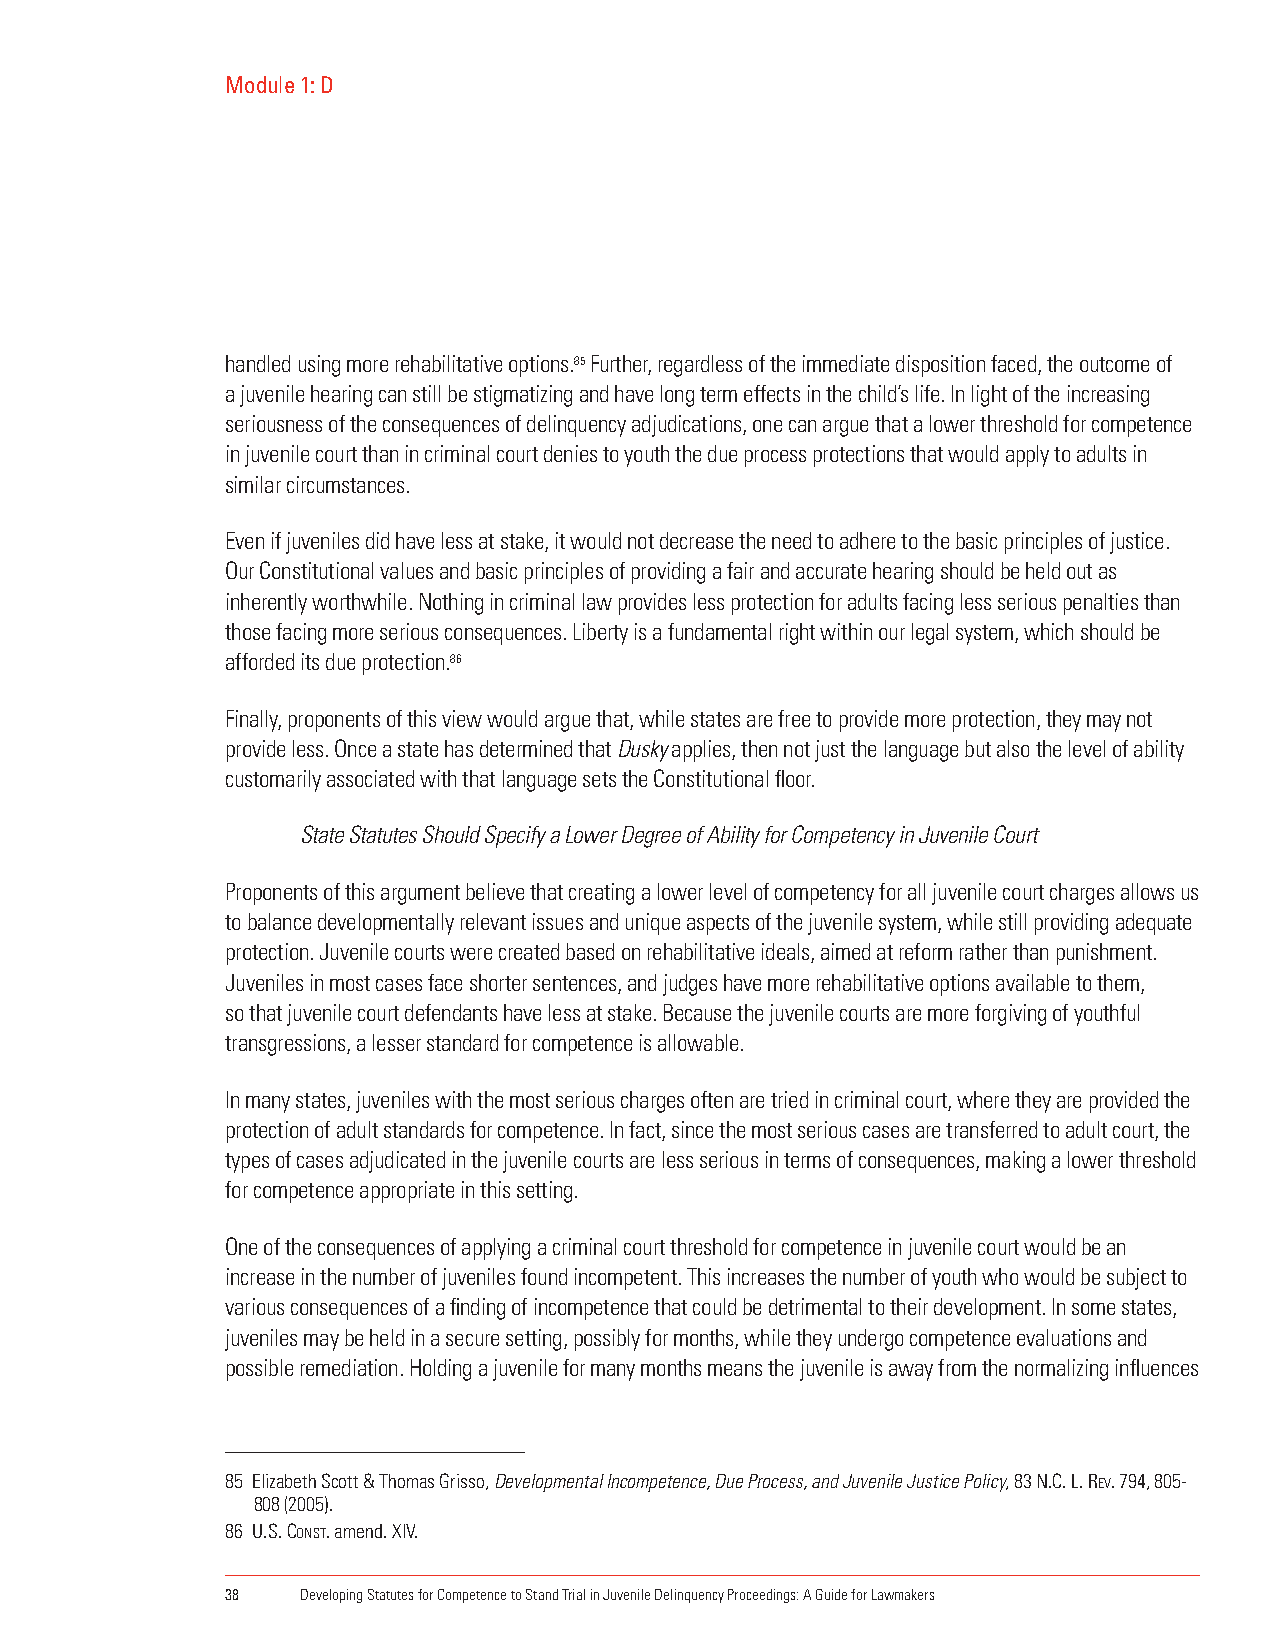
Module 1: D
 handled using more rehabilitative options.85 Further, regardless of the immediate disposition faced, the outcome of
 a juvenile hearing can still be stigmatizing and have long term effects in the child’s life. In light of the increasing
 seriousness of the consequences of delinquency adjudications, one can argue that a lower threshold for competence
 in juvenile court than in criminal court denies to youth the due process protections that would apply to adults in
 similar circumstances.
 Even if juveniles did have less at stake, it would not decrease the need to adhere to the basic principles of justice.
 Our Constitutional values and basic principles of providing a fair and accurate hearing should be held out as
 inherently worthwhile. Nothing in criminal law provides less protection for adults facing less serious penalties than
 those facing more serious consequences. Liberty is a fundamental right within our legal system, which should be
 afforded its due protection.86
 Finally, proponents of this view would argue that, while states are free to provide more protection, they may not
 provide less. Once a state has determined that Dusky applies, then not just the language but also the level of ability
 customarily associated with that language sets the Constitutional floor.
 State Statutes Should Specify a Lower Degree of Ability for Competency in Juvenile Court
 Proponents of this argument believe that creating a lower level of competency for all juvenile court charges allows us
 to balance developmentally relevant issues and unique aspects of the juvenile system, while still providing adequate
 protection. Juvenile courts were created based on rehabilitative ideals, aimed at reform rather than punishment.
 Juveniles in most cases face shorter sentences, and judges have more rehabilitative options available to them,
 so that juvenile court defendants have less at stake. Because the juvenile courts are more forgiving of youthful
 transgressions, a lesser standard for competence is allowable.
 In many states, juveniles with the most serious charges often are tried in criminal court, where they are provided the
 protection of adult standards for competence. In fact, since the most serious cases are transferred to adult court, the
 types of cases adjudicated in the juvenile courts are less serious in terms of consequences, making a lower threshold
 for competence appropriate in this setting.
 One of the consequences of applying a criminal court threshold for competence in juvenile court would be an
 increase in the number of juveniles found incompetent. This increases the number of youth who would be subject to
 various consequences of a finding of incompetence that could be detrimental to their development. In some states,
 juveniles may be held in a secure setting, possibly for months, while they undergo competence evaluations and
 possible remediation. Holding a juvenile for many months means the juvenile is away from the normalizing influences
 85 Elizabeth Scott & Thomas Grisso, Developmental Incompetence, Due Process, and Juvenile Justice Policy, 83 n.c. l. ReV. 794, 805-
 808 (2005).
 86 u.s. const. amend. XIV.
 38   Developing Statutes for Competence to Stand Trial in Juvenile Delinquency Proceedings: A Guide for Lawmakers